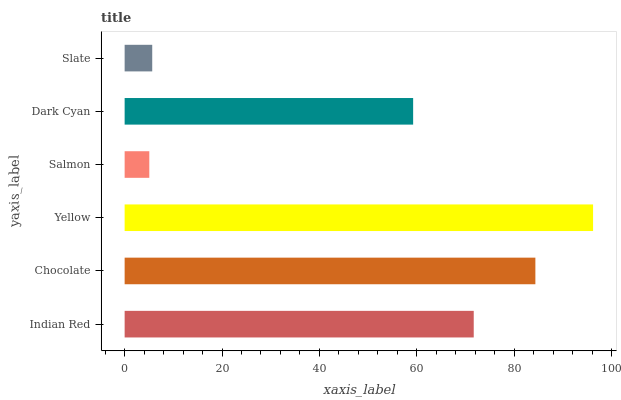
| yaxis_label | bars |
 | --- | --- |
 | Indian Red | 71.7 |
 | Chocolate | 84.4 |
 | Yellow | 96.2 |
 | Salmon | 5.07 |
 | Dark Cyan | 59.3 |
 | Slate | 5.67 |